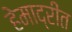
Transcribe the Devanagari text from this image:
हेमाद्रींत